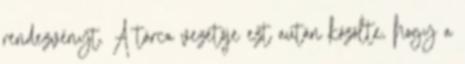
rendezvényt. A tárca vezetője ezt aután közölte, hogy a